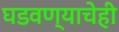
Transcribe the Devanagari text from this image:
घडवण्याचेही